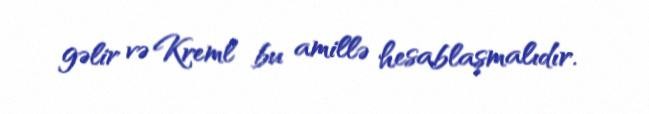
gəlir və Kreml bu amillə hesablaşmalıdır.